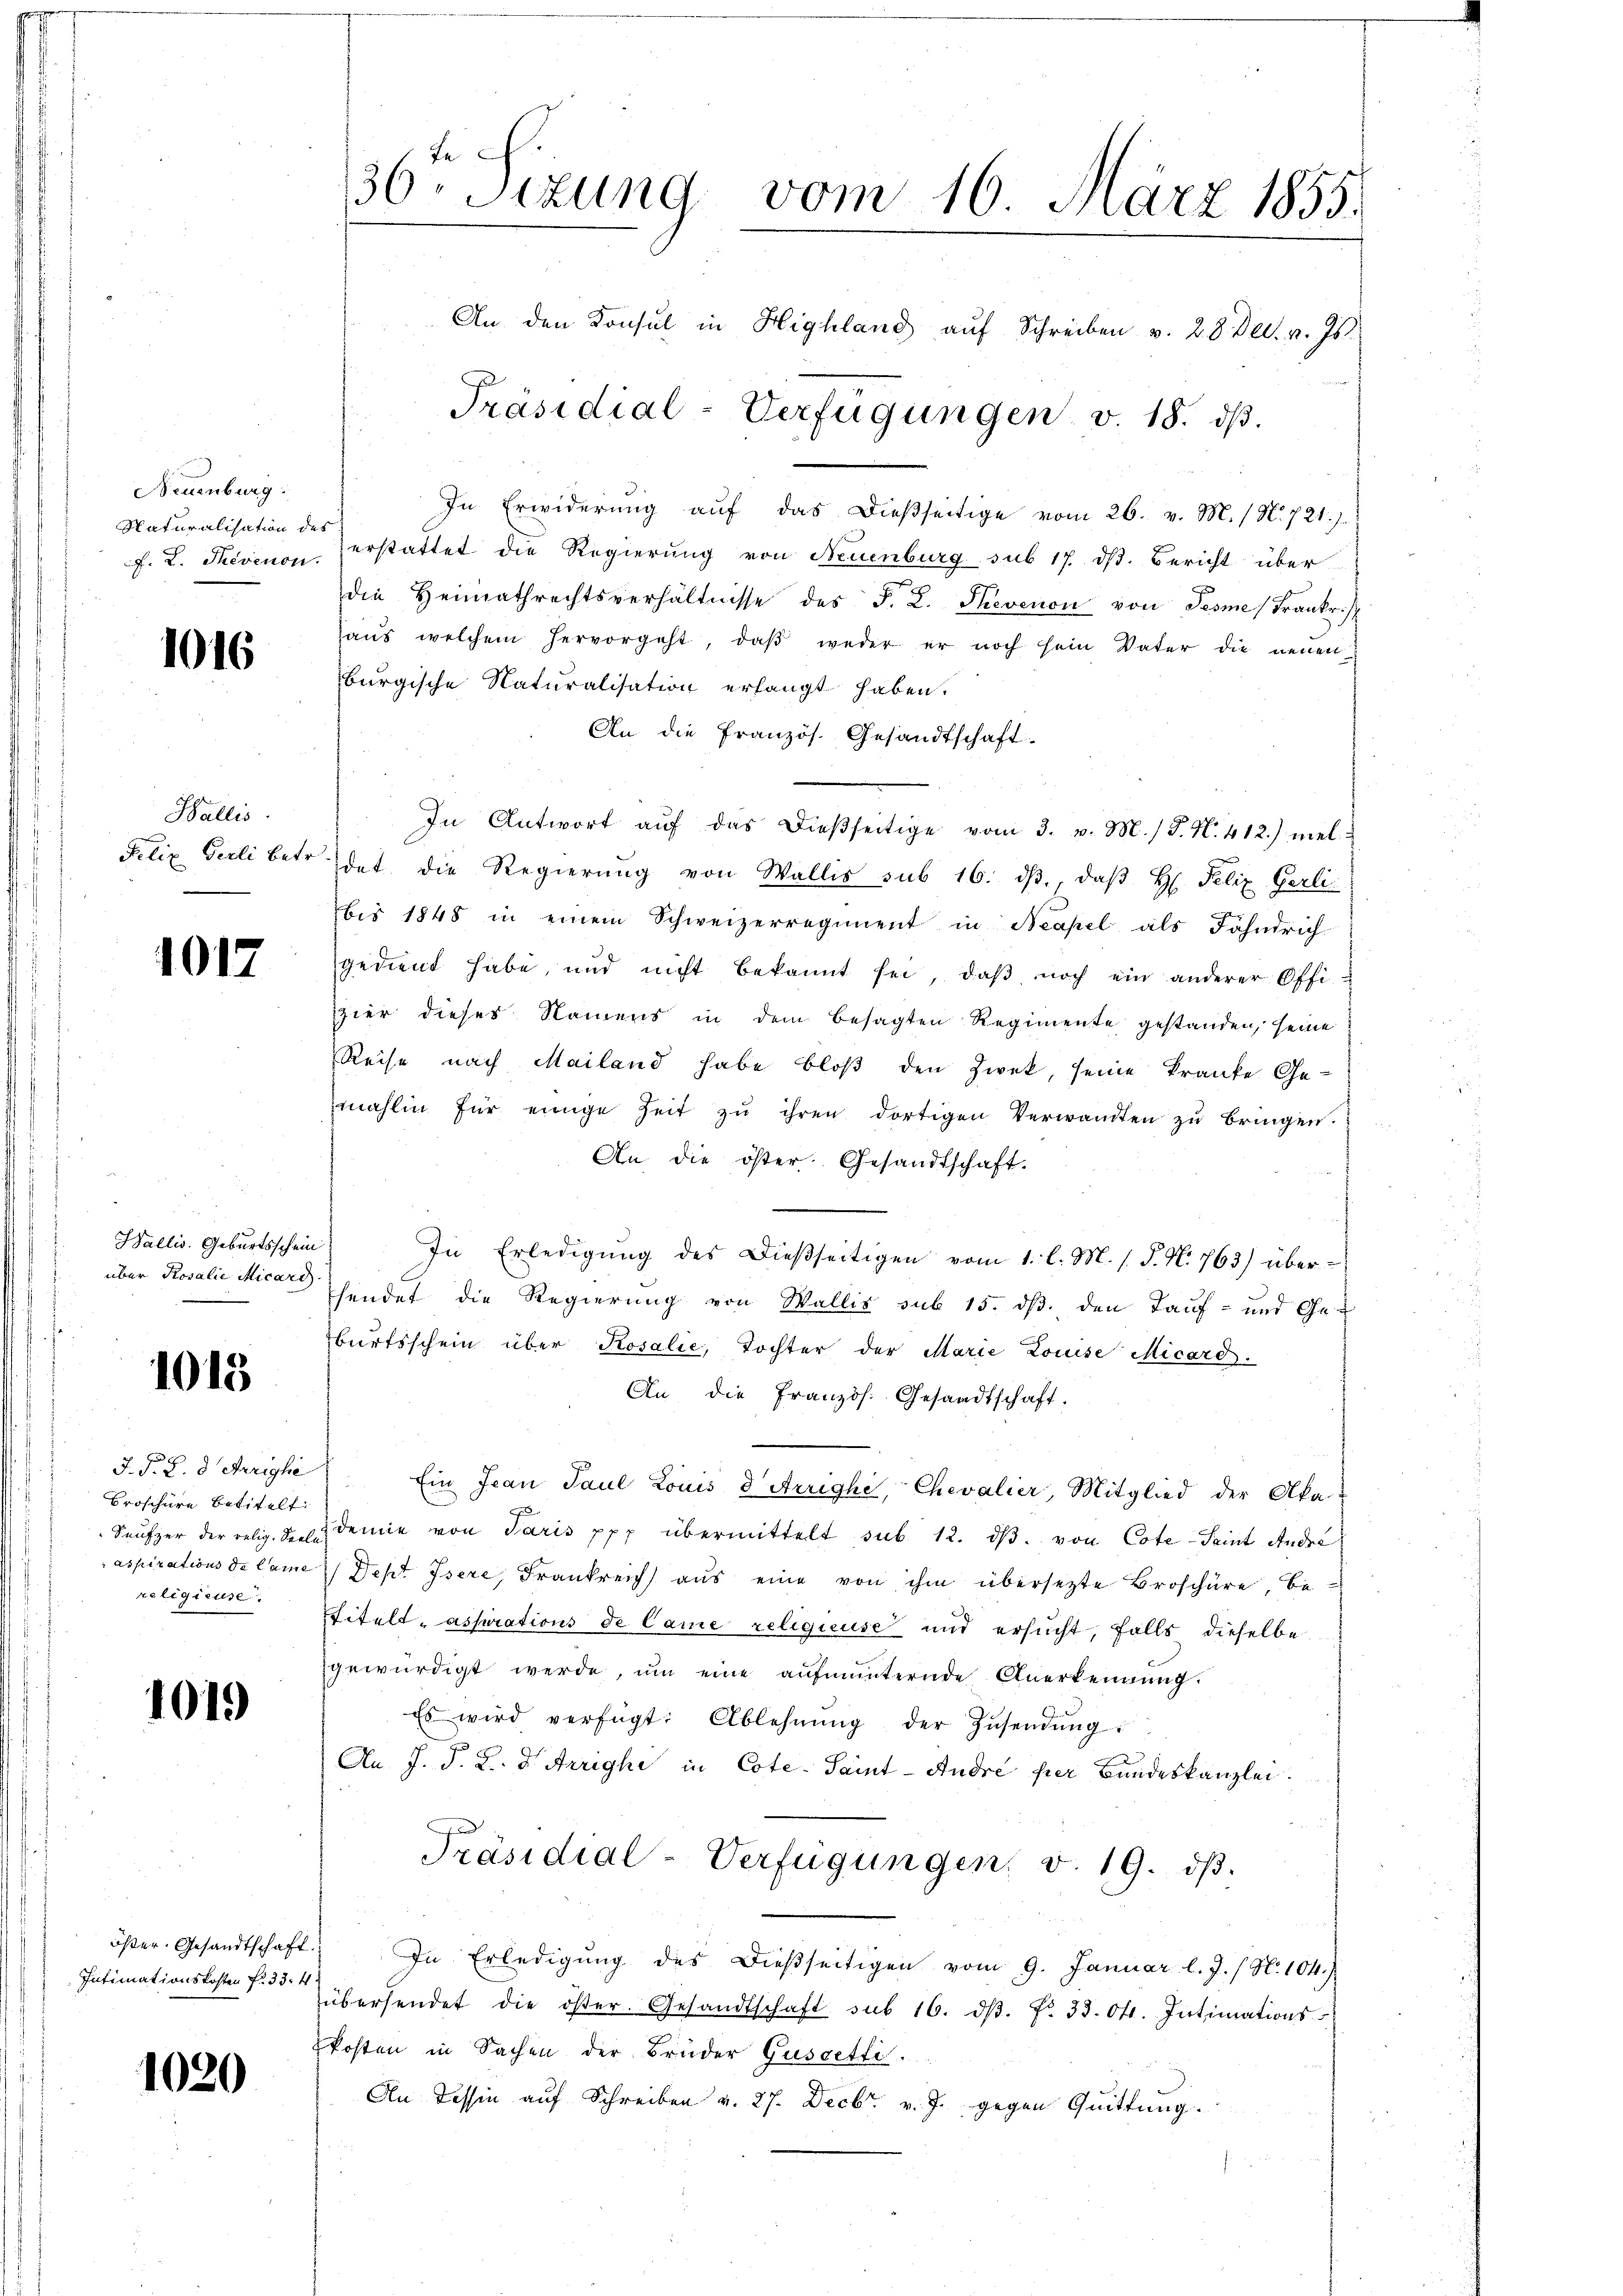
Neuenburg:
Naturalisation des
F. L. Thevenon.

1016

Wallis
Felix Geili betr.

1017

Wallis. Geburtsschein
über Rosalie Micard.

1013

J. P. R. d. Marigli
Broschüre betitelt:
Seufzer der relig. Seele
aspirations de Camme
religieuse.

1019

öster. Gesandtschaft.
Intimationskosten Fr. 33. 4

1020

36t Sizung vom 16. März 1855.
An den Konsul in Highland auf Schreiben v. 28. Dec. v. Js.
Präsidial-Verfügungen v. 18. dβ.

In Erwiderung auf das dießseitige vom 26. v. M. / N. 721.)
erstattet die Regierung von Neuenburg sub 17. ds. Bericht über
die Heimathrechtsverhältnisse des F. L. Thevenon von Tesme Frankr
aŭs welchem hervorgeht, daβ weder er noch sein Vater die neuen
burgische Naturalisation erlangt haben.
An die Französ. Gesandtschaft.
In Antwort aŭf das dießseitige vom 3. v. M. (T. N. 412.) meldet die Regierŭng von Wallis sub 16. dβ, daβ H. Felix Gerli
bis 1848 in einem Schweizerregiment in Neapel als Fahndrich
gedient habe, und nicht bekannt sei, daβ noch ein anderer Offi-
hier dieses Namens in dem besagten Regimente gestanden, seine
Reise nach Mailand habe bloß den Zwek, seine Tranke Gemahlin für einige Zeit zŭ ihren dortigen Verwandten zŭ bringen.
An die öster. Gesandtschaft.
In Erledigŭng des Dießseitigen vom 1. l. M. s. S. N. 763) über-
sendet die Regierung von Wallis sub 15. ds. den Tauf- und Ge-
bŭrtsschein über Rosalie, Tochter der Marie Louise Micard.
An die Französ. Gesandtschaft.
Ein Jean Paul Louis dirrighe, Chevalier, Mitglied der Aka-
demie von Paris ppp übermittelt sub. 12. dβ. von Cote-Saint Andre
Dept Isere, Frankreich aus eine von ihm übersetzte Broschüre, be¬
Titelt, assurations de Came religieuse und ersŭcht, falls dieselbe
gewürdigt werde, ŭm eine aŭfmunternde Anerkennung.
Es wird verfügt: Ablehnŭng der Zŭsendung:
An J. J. K. d Arrighi in Cote-Saint- Andre per Bundeskanzlei.
Präsidial-Verfügungen. v. 19. dβ.
In Erledigung des dießseitigen vom 9. Januar l. J. / N. 104.)
übersendet die öster. Gesandtschaft sub 16. dβ. fr. 33. Okt. Intimations-
Posten in Sachen der Brüder Gussetli.
An Tessin auf Schreiben v. 27. Decbr. v. J. gegen Quittung.
f